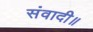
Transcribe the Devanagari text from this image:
संवादी॥